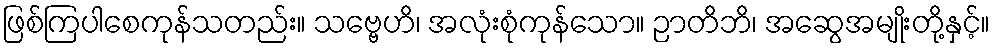
ဖြစ်ကြပါစေကုန်သတည်း။ သဗ္ဗေဟိ၊ အလုံးစုံကုန်သော။ ဉာတိဘိ၊ အဆွေအမျိုးတို့နှင့်။